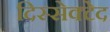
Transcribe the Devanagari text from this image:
दिस्सेक्टेद